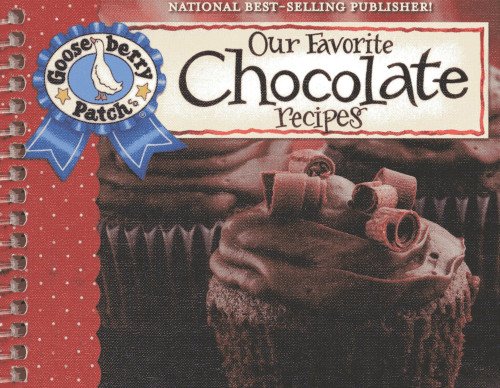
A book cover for Our Favorite Chocolate Recipes Cookbook: Over 60 of Our Favorite Chocolate Recipes plus just as many handy tips and a new photo cover (Our Favorite Recipes Collection); Gooseberry Patch; Cookbooks, Food & Wine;